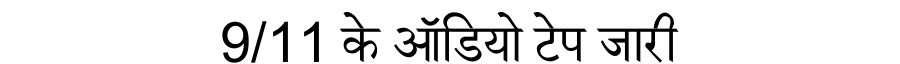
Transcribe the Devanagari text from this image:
9/11 के ऑडियो टेप जारी